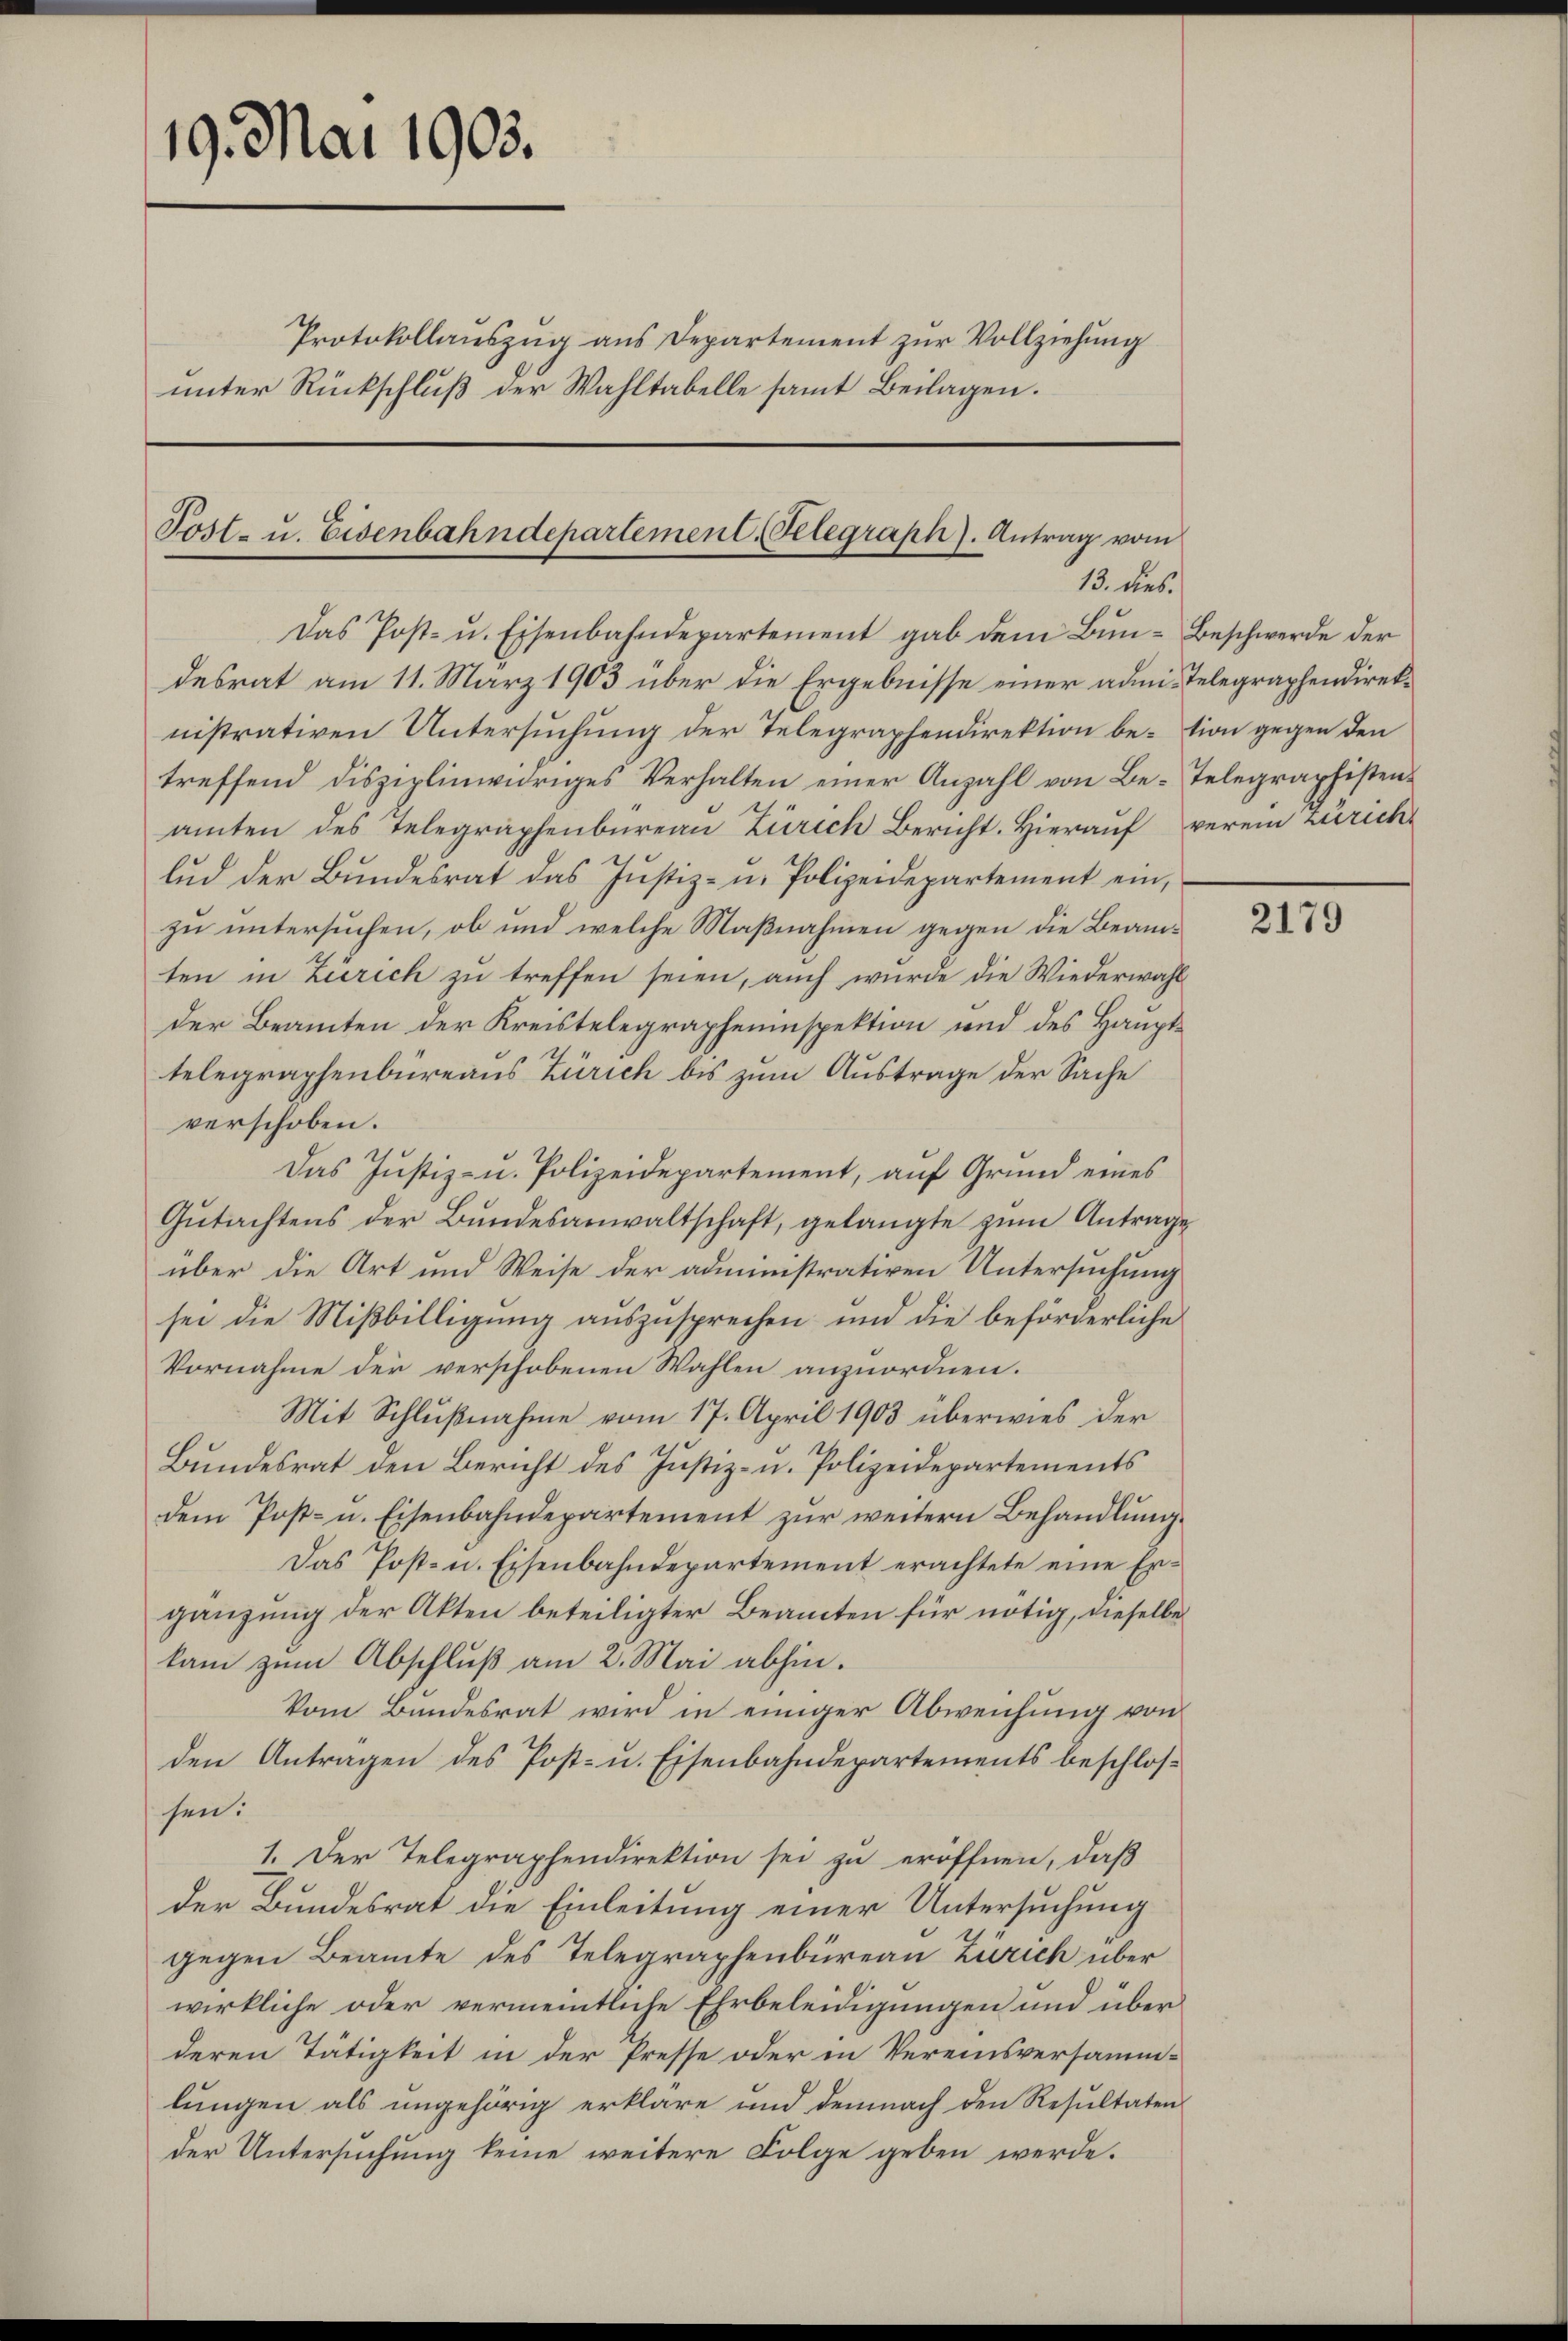
19. Mai 1903.

Post- u. Eisenbahndepartement. Relegraph). Antrag vom
13. dies
Das Post- u. Eisenbahndepartement gab dem Bŭn- Beschwerde der

Protokollaŭszŭg ans Departement zŭr Vollziehung
unter Rückschluß der Wahltabelle samt Beilagen.

desrat am 11. März 1903 über die Ergebnisse einer admis Telegraphendireknistrativen Untersuchung der Telegraphendirektion be-tion gegen den
treffend disziplinividriges Verhalten einer Anzahl von Be-Telegraphistenamten des Telegraphenbureau Zürich Bericht. Hierauf verein Zürich
lud der Bundesrat das Justiz- u. Polizeidepartement ein,
zu untersuchen, ob und welche Maßnahmen gegen die Beamten in Zürich zu treffen seien, auch wurde die Wiederwahl
der Beamten der Kreistelegrapheninspektion und des Haupt-
telegraphenbüreaus Zürich bis zum Austrage der Sache
verschoben.
Das Justiz- u. Polizeidepartement, auf Grund eines
Gutachtens der Bundesanwaltschaft, gelangte zum Antrage
über die Art und Weise der administrativen Untersuchung
sei die Mißbilligung auszusprechen und die beförderliche
Vornahme der verschobenen Wahlen anzuordnen.
Mit Schlußnahme vom 17. April 1903 überwies der
Bundesrat den Bericht des Justiz- u. Polizeidepartements
dem Post- u. Eisenbahndepartement zur weitern Behandlung
Das Post- u. Eisenbahndepartement erachtete eine Ergänzung der Akten beteiligter Beamten für nötig, dieselbe
kam zum Abschluß am 2. Mai abhin.
Vom Bundesrat wird in einiger Abweichung von
den Antragen des Post- u. Eisenbahndepartements beschlos
sen.
1. Der Telegraphendirektion sei zu eröffnen, daß
der Bundesrat die Einleitung einer Untersuchung
gegen Beamte des Telegraphenbüreau Zürich über
wirkliche oder vermeintliche Ehrbeleidigungen und überderen Tätigkeit in der Presse oder in Vereinsversamm-
lungen als ungehörig erkläre und demnach den Resultaten
der Untersuchung keine weitere Folge geben werde.

2179